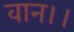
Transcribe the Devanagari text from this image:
वान।।